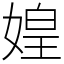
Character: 媓